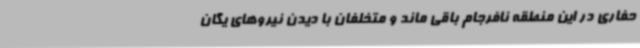
حفاری در این منطقه نافرجام باقی ماند و متخلفان با دیدن نیروهای یگان